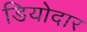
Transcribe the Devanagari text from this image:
डियोदार